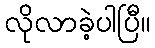
လိုလာခဲ့ပါပြီ။